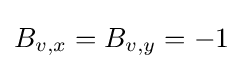
B_{v,x}=B_{v,y}=-1